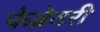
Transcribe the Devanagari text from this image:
फेब्रेवरी